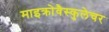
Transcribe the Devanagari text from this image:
माइक्रोवैस्कुलेचर